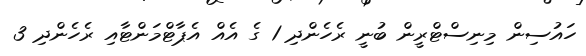
ހައުސިން މިނިސްޓްރީން ބުނީ ރެހެންދި 1 ގެ އެއް އެޕާޓްމަންޓާއި ރެހެންދި 3